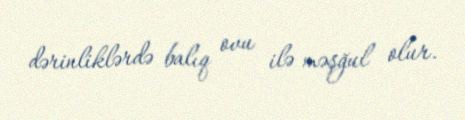
dərinliklərdə balıq ovu ilə məşğul olur.